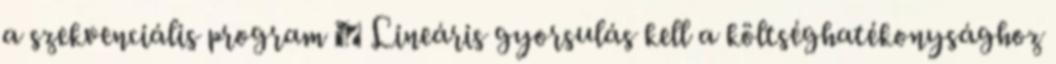
a szekvenciális program ● Lineáris gyorsulás kell a költséghatékonysághoz